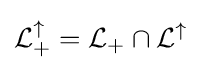
{\mathcal {L}}_{+}^{\uparrow }={\mathcal {L}}_{+}\cap {\mathcal {L}}^{\uparrow }